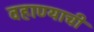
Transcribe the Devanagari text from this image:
वहाण्याची